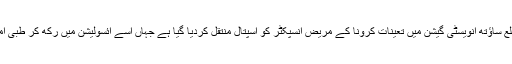
تفصیلات کے مطابق ضلع ساؤتھ انویسٹی گیشن میں تعینات کرونا کے مریض انسپکٹر کو اسپتال منتقل کردیا گیا ہے جہاں اسے آئسولیشن میں رکھ کر طبی امداد فراہم کی جارہی ہے۔